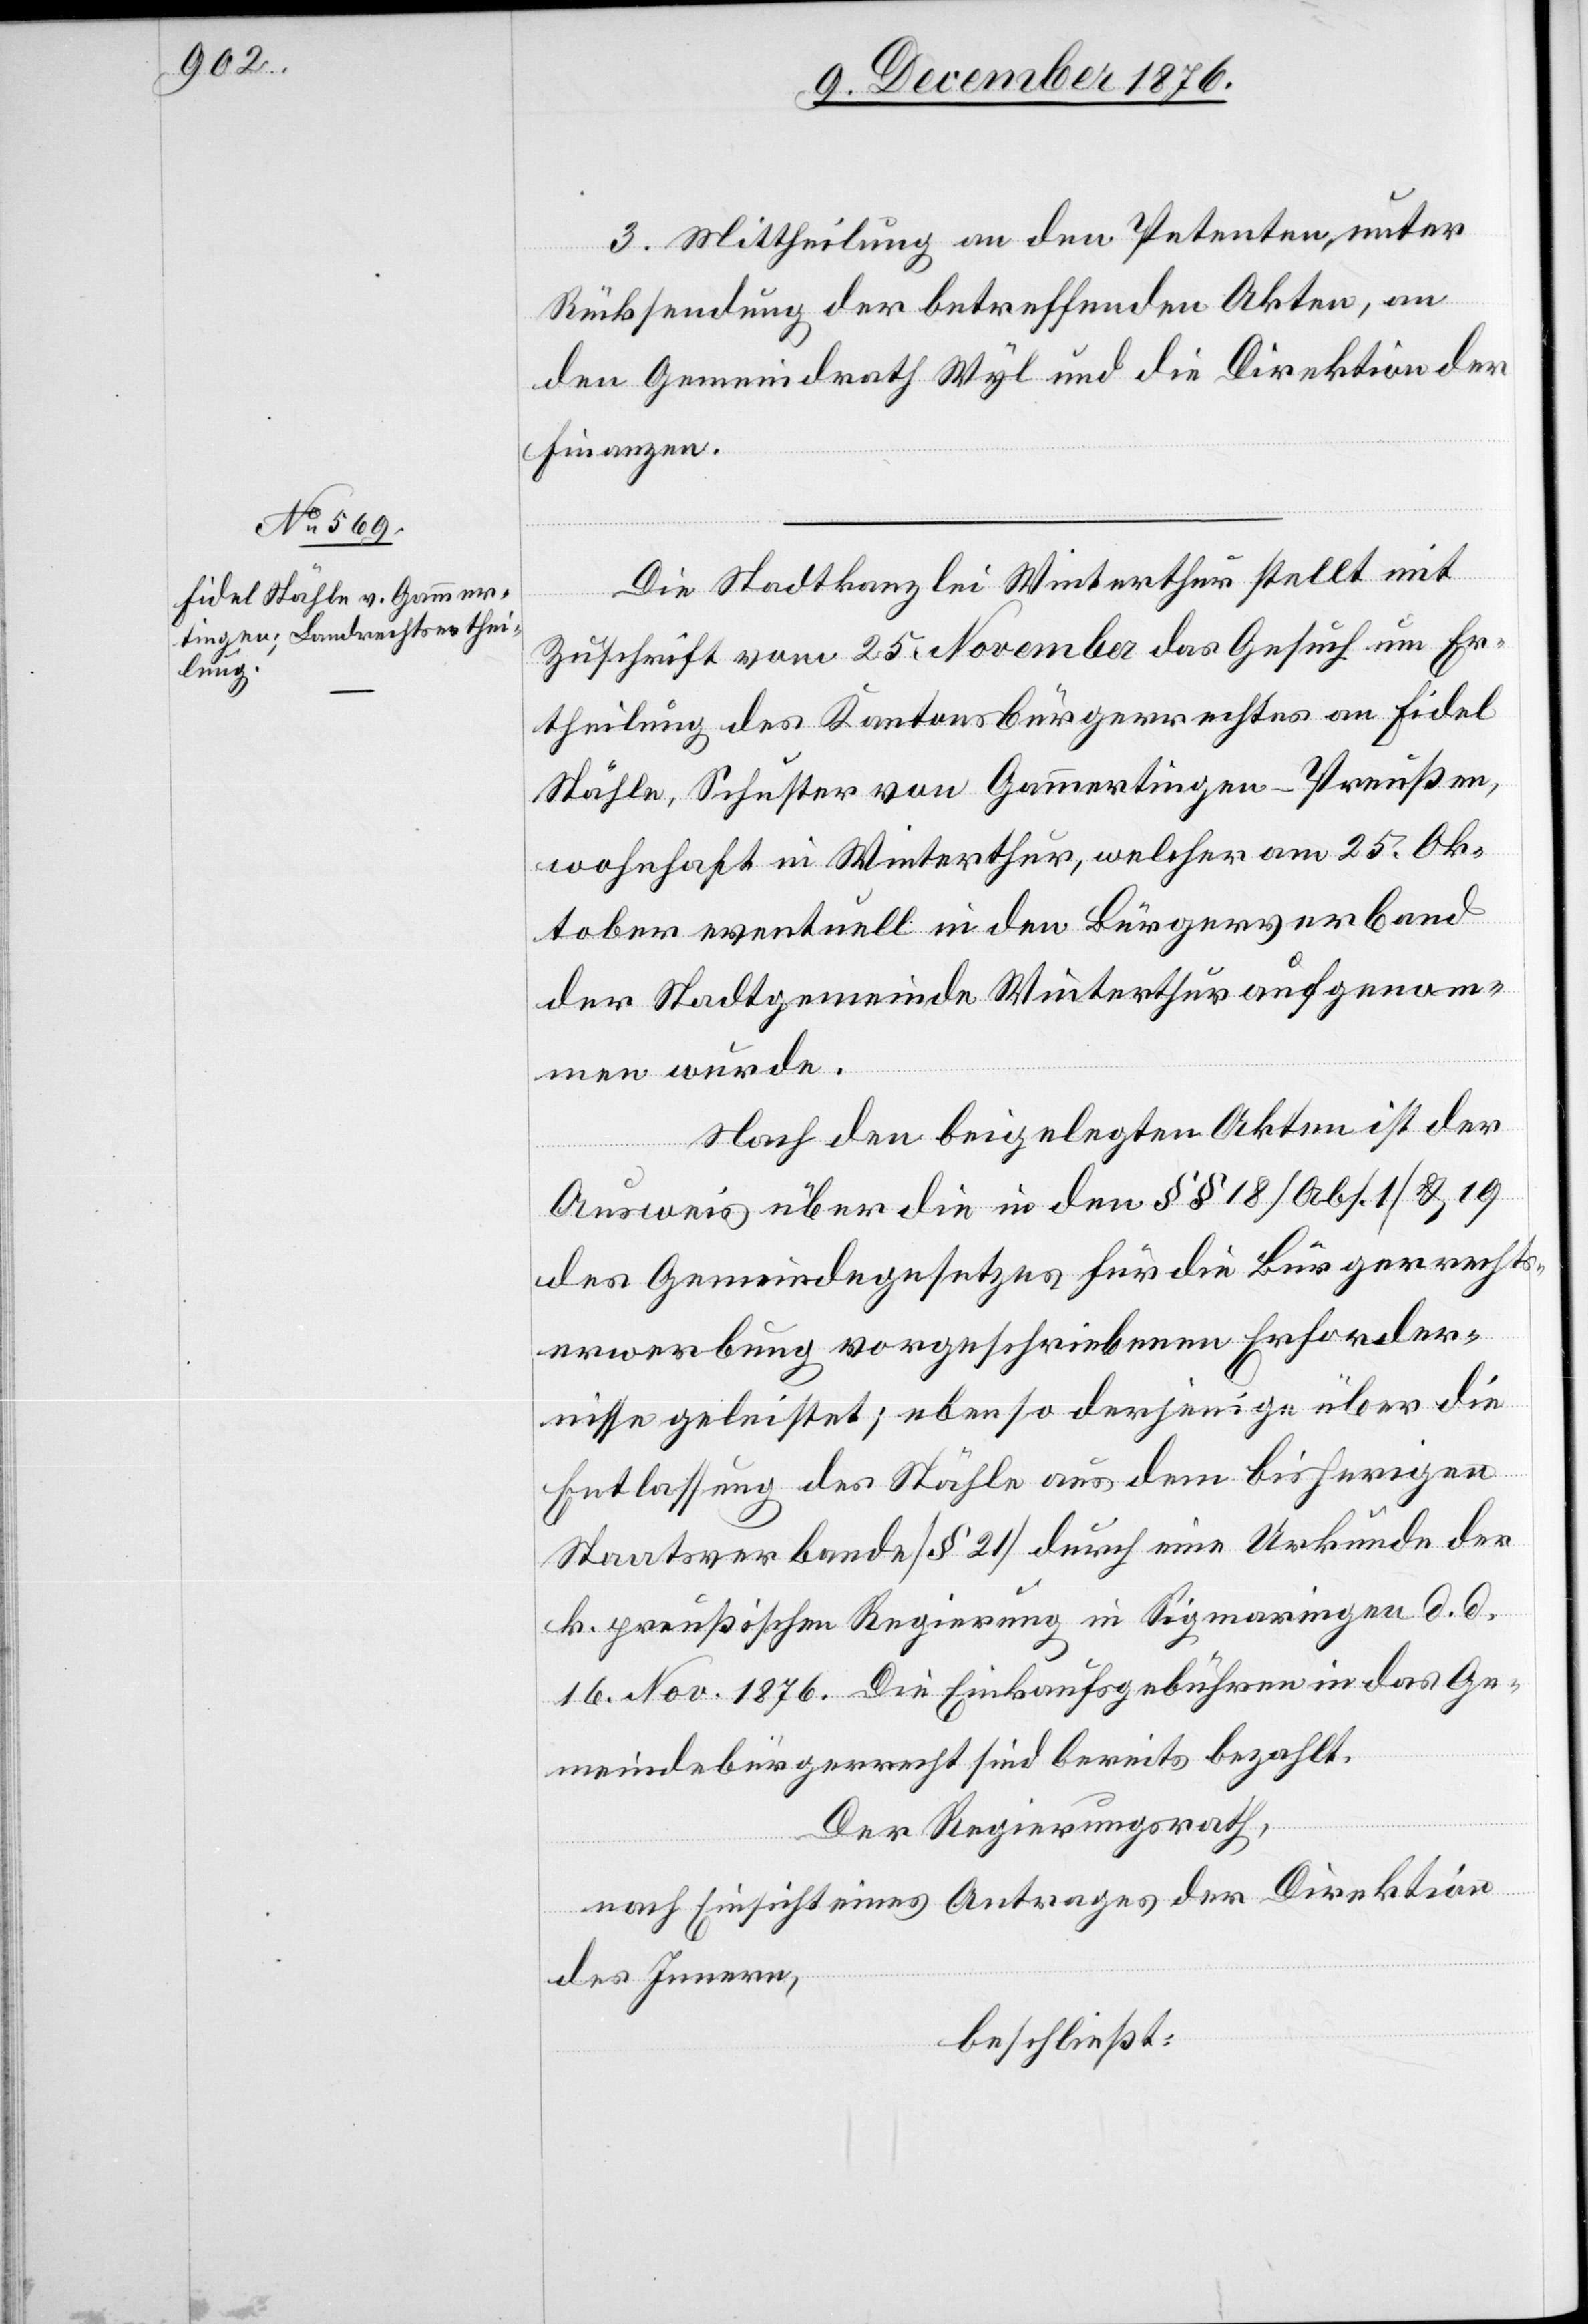
3. Mittheilung an den Petenten, unter
Rücksendung der betreffenden Akten, an
den Gemeindrath Wyl und die Direktion der
Finanzen.
Die Stadtkanzlei Winterthur stellt mit
Zuschrift vom 25. November das Gesuch um Er¬
theilung des Kantonsbürgerrechtes an Fidel
Stähle, Schuster von Gammertingen - Preußen,
wohnhaft in Winterthur, welcher am 25. Ok¬
tober eventuell in den Bürgerverband
der Stadtgemeinde Winterthur aufgenom¬
men wurde.
Nach den beigelegten Akten ist der
Ausweis über die in den §§ 18 [Abs. 1] & 19
des Gemeindegesetzes für die Bürgerrechts¬
erwerbung vorgeschriebenen Erforder¬
nisse geleistet; ebenso derjenige über die
Entlassung des Stähle aus dem bisherigen
Staatsverbande [§ 21] durch eine Urkunde der
k. preußischen Regierung in Sigmaringen d. d.
16. Nov. 1876. Die Einkaufsgebühren in das Ge¬
meindebürgerrecht sind bereits bezahlt.
Der Regierungsrath,
nach Einsicht eines Antrages der Direktion
des Innern,
beschließt: